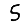
Digit: 5